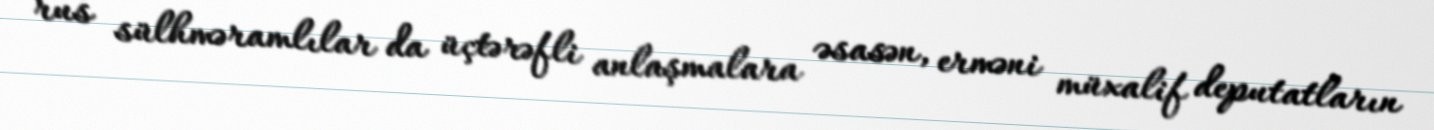
rus sülhməramlılar da üçtərəfli anlaşmalara əsasən, erməni müxalif deputatların